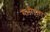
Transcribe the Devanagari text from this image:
गभीरता